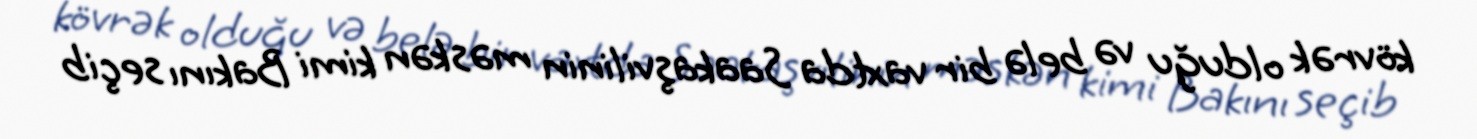
kövrək olduğu və belə bir vaxtda Saakaşvilinin məskən kimi Bakını seçib